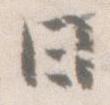
日